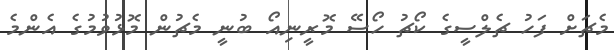
މެޗަށް ފަހު ޗެލްސީގެ ކޯޗު ހޯސޭ މޮރީނިއޯ ބުނީ މެޗުން މޮޅުވުމުގެ އެންމެ